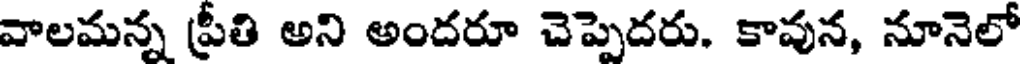
వాలమన్న ప్రీతి అని అందరూ చెప్పెదరు. కావున, నూనెలో